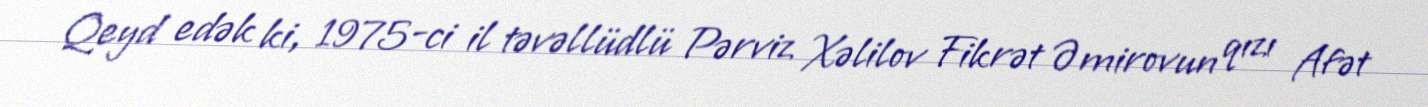
Qeyd edək ki, 1975-ci il təvəllüdlü Pərviz Xəlilov Fikrət Əmirovun qızı Afət